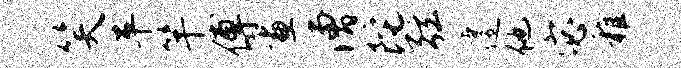
笑平竿傅画漕陀弦遽他宓稚